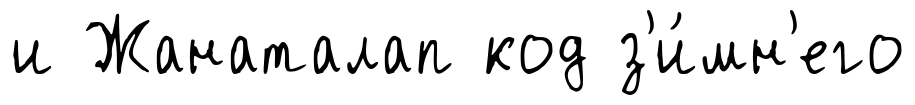
и Жанаталап код з'и́мн'его